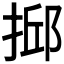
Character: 𢮼